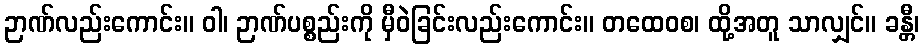
ဉာဏ်လည်းကောင်း။ ဝါ၊ ဉာဏ်ပစ္စည်းကို မှီဝဲခြင်းလည်းကောင်း။ တထေဝစ၊ ထို့အတူ သာလျှင်။ ခန္တီ၊